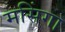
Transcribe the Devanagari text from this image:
मसिंगा